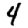
Digit: 4